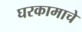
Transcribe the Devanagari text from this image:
घरकामाचे